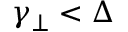
\gamma _ { \perp } < \Delta